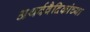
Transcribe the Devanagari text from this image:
अथर्ववैदिकांच्या